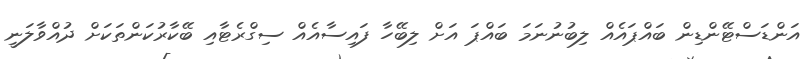
އަންޑަސްޓޭންޑިން ބައްޕައެއް ލިބުނުނަމަ ބައްޕަ އަށް ލިބޭހާ ފައިސާއެއް ސިގްރެޓާއި ބޭކާރުކަންތަކަށް ދުއްވާލަނީ